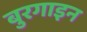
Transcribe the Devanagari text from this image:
बुरगाइन